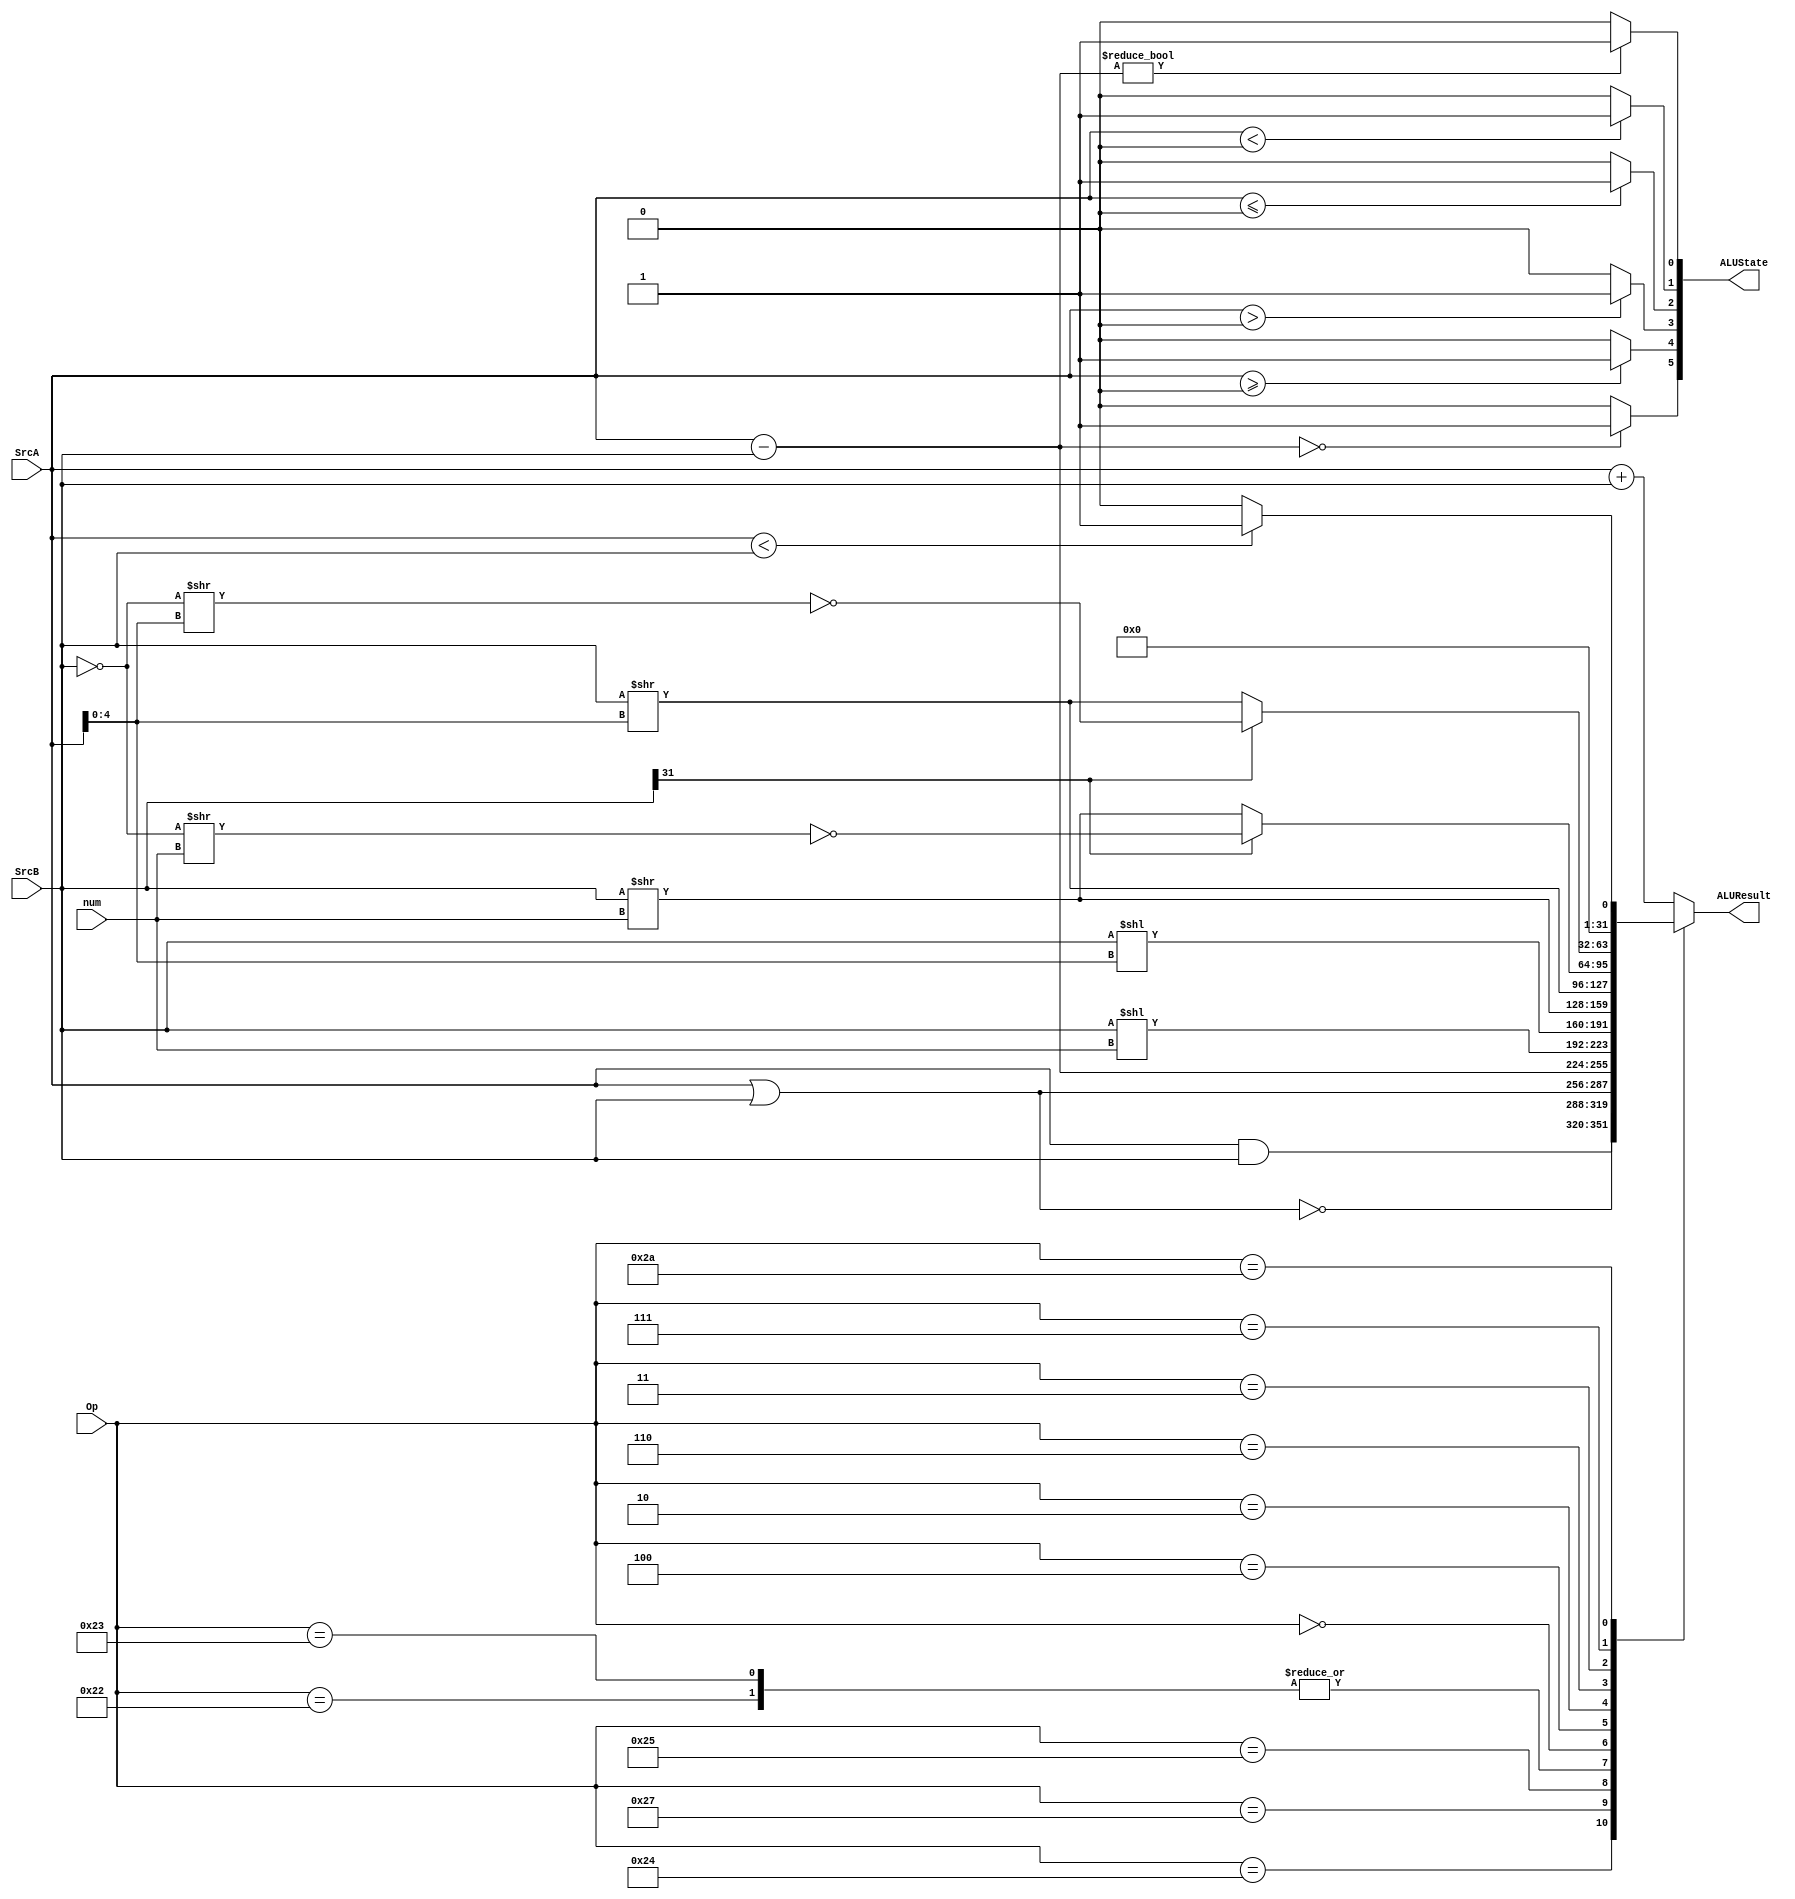
`timescale 1ns / 1ps
//////////////////////////////////////////////////////////////////////////////////
// Company: 
// Engineer: 
// 
// Design Name: 
// Module Name:    alu 
// Project Name: 
// Target Devices: 
// Tool versions: 
// Description: 
//
// Dependencies: 
//
// Revision: 
// Revision 0.01 - File Created
// Additional Comments: 
//
//////////////////////////////////////////////////////////////////////////////////
module alu(
	 input [5:0] Op,
	 input [31:0] SrcA,
	 input [31:0] SrcB,
	 input [4:0] num,
	 output reg [31:0] ALUResult,
	 output reg [5:0] ALUState
	 );
	 
	 always@( * )
			case( Op )
					6'b100000:	ALUResult = SrcA + SrcB;			// 
					6'b100001:	ALUResult = SrcA + SrcB;			// 
					6'b100100:	ALUResult = SrcA & SrcB;			// 
					6'b100111:	ALUResult = ~( SrcA | SrcB );		// 
					6'b100101:	ALUResult = SrcA | SrcB;			// 
					6'b100010:	ALUResult = SrcA - SrcB;			// 
					6'b100011:	ALUResult = SrcA - SrcB;			// 
					6'b000000:	ALUResult = SrcB << num;			// 
					6'b000100:	ALUResult = SrcB << SrcA[4:0];	// 
					6'b000010:	ALUResult = SrcB >> num;			// 
					6'b000110:	ALUResult = SrcB >> SrcA[4:0];	// 
					6'b000011:	ALUResult = SrcB[31]? ~( ( ~SrcB ) >> num ): SrcB >> num;					// 
					6'b000111:	ALUResult = SrcB[31]? ~( ( ~SrcB ) >> SrcA[4:0] ): SrcB >> SrcA[4:0];	// 
					6'b101010:	ALUResult = SrcA < SrcB? 1: 0;	// 1
					default:		ALUResult = SrcA + SrcB;
			endcase
	 
	 always@( * ) begin
			ALUState = 6'b000000;
			if( SrcA - SrcB == 0 ) 	ALUState[5] = 1;
			if( SrcA >= 0 ) 			ALUState[4] = 1;
			if( SrcA >  0 ) 			ALUState[3] = 1;
			if( SrcA <= 0 ) 			ALUState[2] = 1;
			if( SrcA <  0 ) 			ALUState[1] = 1;
			if( SrcA - SrcB != 0 ) 	ALUState[0] = 1;
	 end
			
endmodule